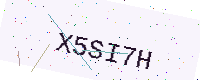
Text: X5SI7H